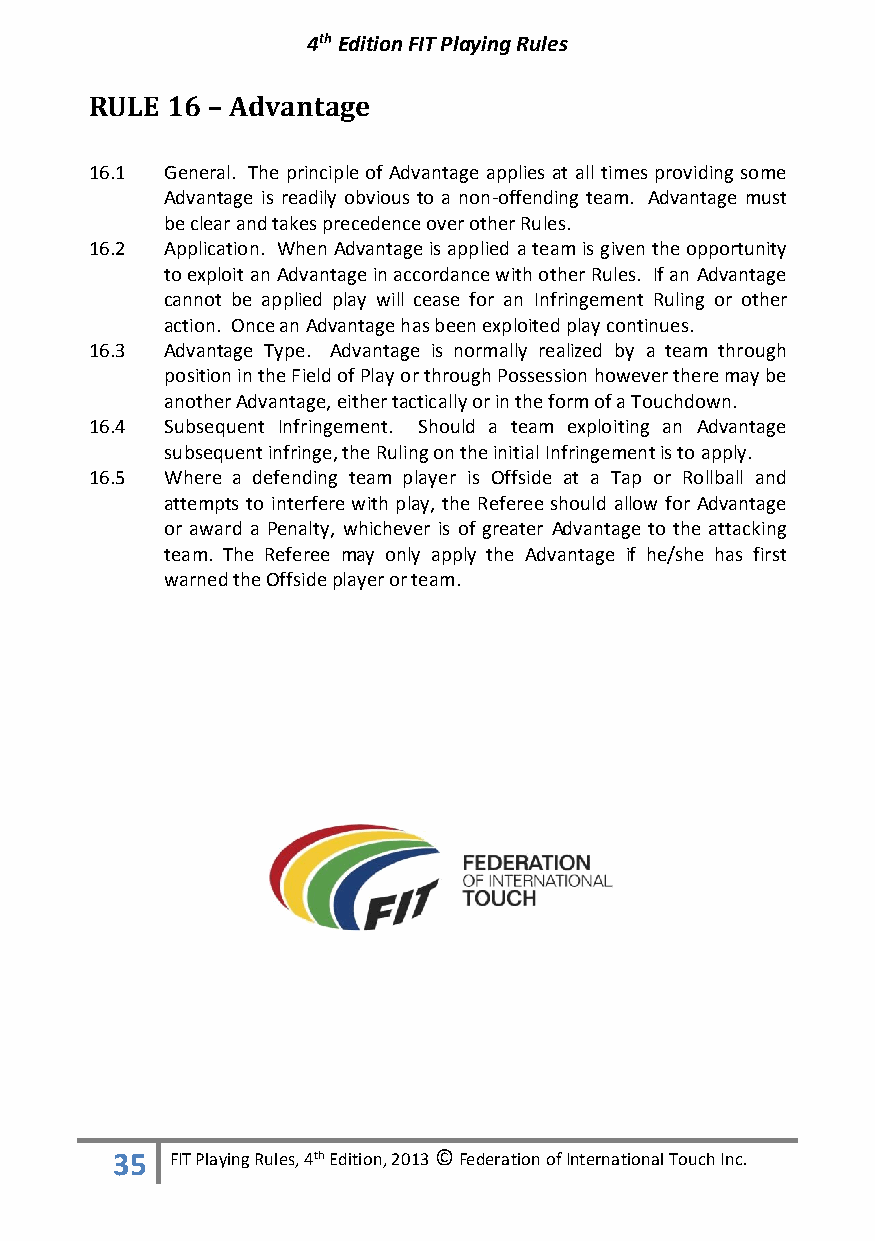
4th Edition FIT Playing Rules
 RULE 16 – Advantage
 16.1 General. The principle of Advantage applies at all times providing some
 Advantage is readily obvious to a non-offending team. Advantage must
 be clear and takes precedence over other Rules.
 16.2 Application. When Advantage is applied a team is given the opportunity
 to exploit an Advantage in accordance with other Rules. If an Advantage
 cannot be applied play will cease for an Infringement Ruling or other
 action. Once an Advantage has been exploited play continues.
 16.3 Advantage Type. Advantage is normally realized by a team through
 position in the Field of Play or through Possession however there may be
 another Advantage, either tactically or in the form of a Touchdown.
 16.4 Subsequent Infringement. Should a team exploiting an Advantage
 subsequent infringe, the Ruling on the initial Infringement is to apply.
 16.5 Where a defending team player is Offside at a Tap or Rollball and
 attempts to interfere with play, the Referee should allow for Advantage
 or award a Penalty, whichever is of greater Advantage to the attacking
 team. The Referee may only apply the Advantage if he/she has first
 warned the Offside player or team.
 35  FIT Playing Rules, 4th Edition, 2013 © Federation of International Touch Inc.